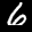
Label: 6